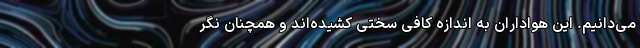
می‌دانیم. این هواداران به اندازه کافی سختی کشیده‌اند و همچنان نگر